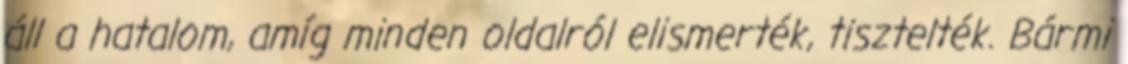
áll a hatalom, amíg minden oldalról elismerték, tisztelték. Bármi